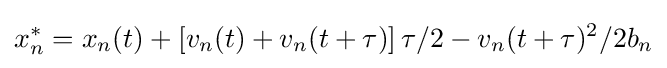
x_{n}^{\ast }=x_{n}(t)+\left[v_{n}(t)+v_{n}(t+\tau )\right]\tau /2-v_{n}(t+\tau )^{2}/2b_{n}